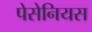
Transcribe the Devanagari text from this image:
पेसेनियस